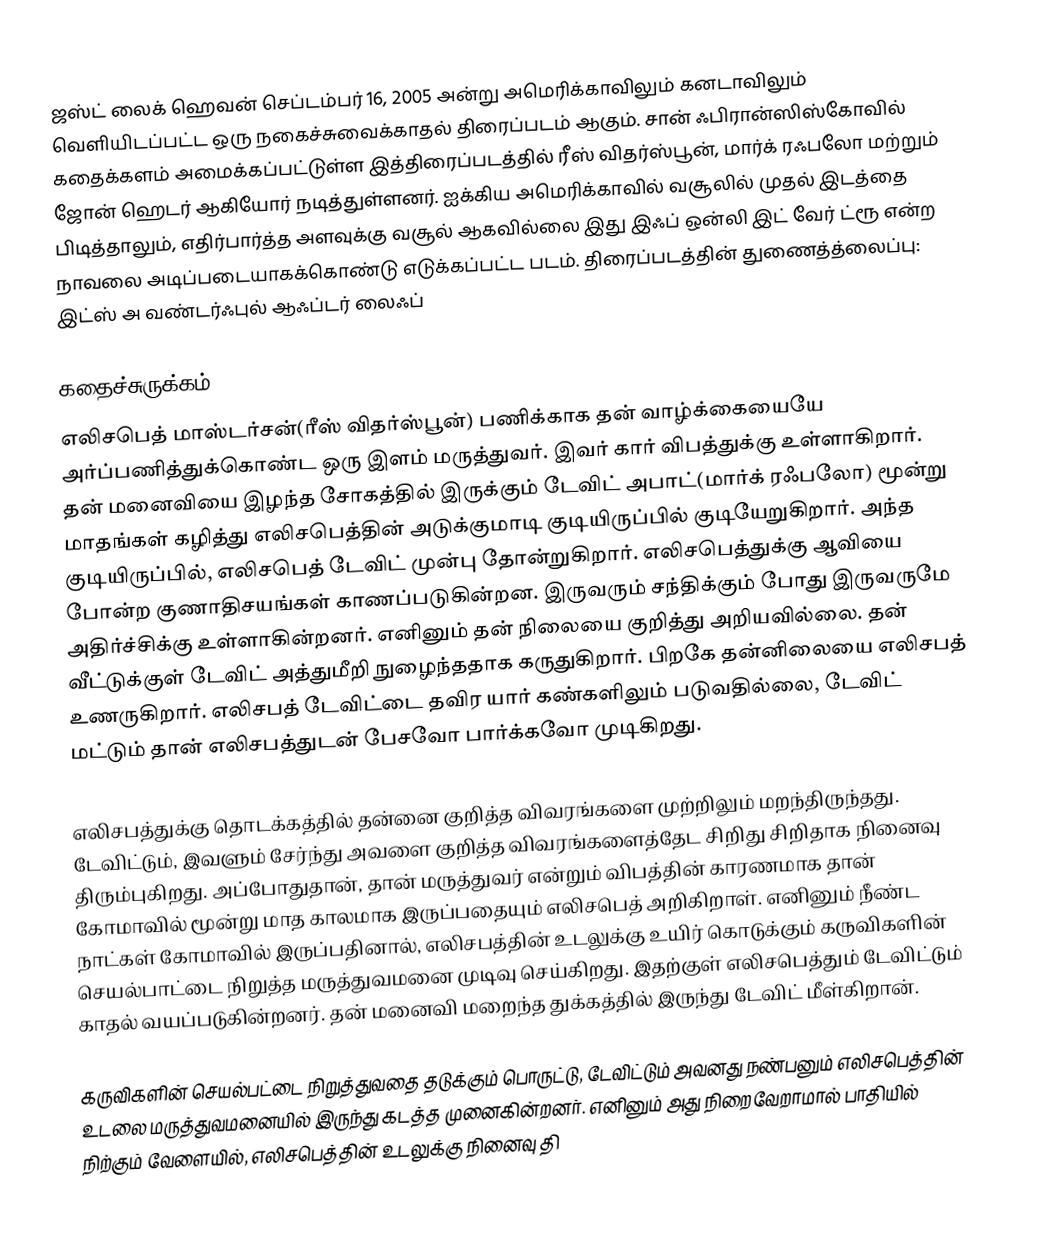
ஜஸ்ட் லைக் ஹெவன் செப்டம்பர் 16, 2005 அன்று அமெரிக்காவிலும் கனடாவிலும் வெளியிடப்பட்ட ஒரு நகைச்சுவைக்காதல் திரைப்படம் ஆகும். சான் ஃபிரான்ஸிஸ்கோவில் கதைக்களம் அமைக்கப்பட்டுள்ள இத்திரைப்படத்தில் ரீஸ் விதர்ஸ்பூன், மார்க் ரஃபலோ மற்றும் ஜோன் ஹெடர் ஆகியோர் நடித்துள்ளனர். ஐக்கிய அமெரிக்காவில் வசூலில் முதல் இடத்தை பிடித்தாலும், எதிர்பார்த்த அளவுக்கு வசூல் ஆகவில்லை இது இஃப் ஒன்லி இட் வேர் ட்ரூ என்ற நாவலை அடிப்படையாகக்கொண்டு எடுக்கப்பட்ட படம். திரைப்படத்தின் துணைத்த்லைப்பு: இட்ஸ் அ வண்டர்ஃபுல் ஆஃப்டர் லைஃப்

கதைச்சுருக்கம்
எலிசபெத் மாஸ்டர்சன்(ரீஸ் விதர்ஸ்பூன்) பணிக்காக தன் வாழ்க்கையையே அர்ப்பணித்துக்கொண்ட ஒரு இளம் மருத்துவர். இவர் கார் விபத்துக்கு உள்ளாகிறார். தன் மனைவியை இழந்த சோகத்தில் இருக்கும் டேவிட் அபாட்(மார்க் ரஃபலோ) மூன்று மாதங்கள் கழித்து எலிசபெத்தின் அடுக்குமாடி குடியிருப்பில் குடியேறுகிறார். அந்த குடியிருப்பில், எலிசபெத் டேவிட் முன்பு தோன்றுகிறார். எலிசபெத்துக்கு ஆவியை போன்ற குணாதிசயங்கள் காணப்படுகின்றன. இருவரும் சந்திக்கும் போது இருவருமே அதிர்ச்சிக்கு உள்ளாகின்றனர். எனினும் தன் நிலையை குறித்து அறியவில்லை. தன் வீட்டுக்குள் டேவிட் அத்துமீறி நுழைந்ததாக கருதுகிறார். பிறகே தன்னிலையை எலிசபத் உணருகிறார். எலிசபத் டேவிட்டை தவிர யார் கண்களிலும் படுவதில்லை, டேவிட் மட்டும் தான் எலிசபத்துடன் பேசவோ பார்க்கவோ முடிகிறது.

எலிசபத்துக்கு தொடக்கத்தில் தன்னை குறித்த விவரங்களை முற்றிலும் மறந்திருந்தது. டேவிட்டும், இவளும் சேர்ந்து அவளை குறித்த விவரங்களைத்தேட சிறிது சிறிதாக நினைவு திரும்புகிறது. அப்போதுதான், தான் மருத்துவர் என்றும் விபத்தின் காரணமாக தான் கோமாவில் மூன்று மாத காலமாக இருப்பதையும் எலிசபெத் அறிகிறாள். எனினும் நீண்ட நாட்கள் கோமாவில் இருப்பதினால், எலிசபத்தின் உடலுக்கு உயிர் கொடுக்கும் கருவிகளின் செயல்பாட்டை நிறுத்த மருத்துவமனை முடிவு செய்கிறது. இதற்குள் எலிசபெத்தும் டேவிட்டும் காதல் வயப்படுகின்றனர். தன் மனைவி மறைந்த துக்கத்தில் இருந்து டேவிட் மீள்கிறான்.

கருவிகளின் செயல்பட்டை நிறுத்துவதை தடுக்கும் பொருட்டு, டேவிட்டும் அவனது நண்பனும் எலிசபெத்தின் உடலை மருத்துவமனையில் இருந்து கடத்த முனைகின்றனர். எனினும் அது நிறைவேறாமால் பாதியில் நிற்கும் வேளையில், எலிசபெத்தின் உடலுக்கு நினைவு தி